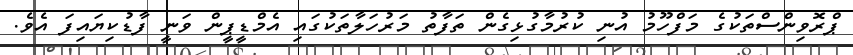
ޕްރޮވިންސްތަކުގެ މަފްހޫމު އުނި ކުރުމާގުޅިގެން ތަފާތު މަރުހަލާތަކުގައި އެމްޑީޕީން ވަނީ ފާޑުކިޔައިފަ އެވެ.